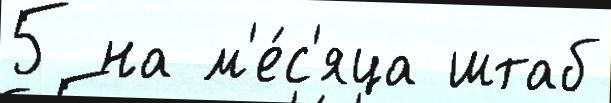
5 на м'е́с'яца штаб